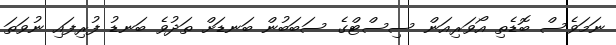
ނަމަވެސް ބޮޑެތި އޯވަރިއަން ސިސްޓްގެ ސަބަބުން ބަނޑަށް ތަދުވެ ބަނޑު ފުރިފައި ނުވަތަ